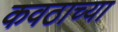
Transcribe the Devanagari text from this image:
कवठाच्या